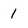
Character: 1